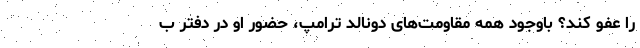
را عفو کند؟ باوجود همه مقاومت‌های دونالد ترامپ، حضور او در دفتر ب